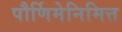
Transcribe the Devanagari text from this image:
पौर्णिमेनिमित्त